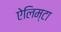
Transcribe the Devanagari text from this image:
ऐलिम्टा